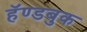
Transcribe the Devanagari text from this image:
हॅण्डबुक